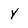
Character: Y